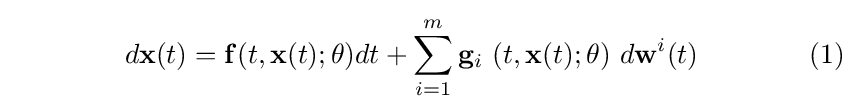
\qquad \qquad d\mathbf {x} (t)=\mathbf {f} (t,\mathbf {x} (t);\theta )dt+\sum _{i=1}^{m}\mathbf {g} _{i}\ (t,\mathbf {x} (t);\theta )\ d\mathbf {w} ^{i}(t)\qquad \qquad (1)